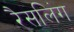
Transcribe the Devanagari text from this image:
रैसलिंग